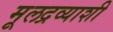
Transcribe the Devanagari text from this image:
मूलद्रव्याशी